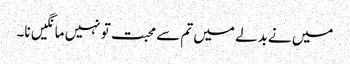
میں نے بدلے میں تم سے محبت تو نہیں مانگیں نا۔